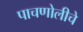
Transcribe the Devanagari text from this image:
पाचणोलीचे